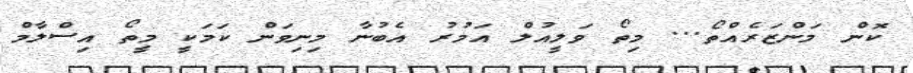
ކޮން މަންޒަރެއްތޯ... މިތޯ ވަލީއުލް އަމުރު އެބުނާ މިނިވަން ކަމަކީ މީތޯ އިސްލާމް